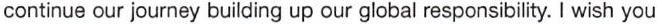
continue our journey building up our global responsibility.I wish you